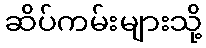
ဆိပ်ကမ်းများသို့